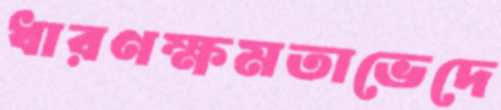
ধারণক্ষমতাভেদে